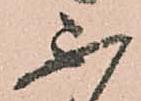
不